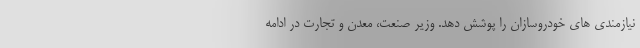
نیازمندی های خودروسازان را پوشش دهد. وزیر صنعت، معدن و تجارت در ادامه